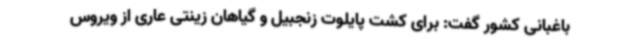
باغبانی کشور گفت: برای کشت پایلوت زنجبیل و گیاهان زینتی عاری از ویروس